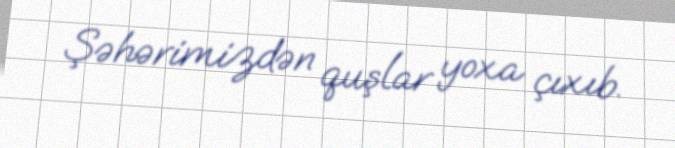
Şəhərimizdən quşlar yoxa çıxıb.